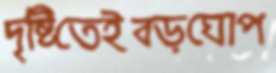
দৃষ্টিতেইবড়ঘোপ